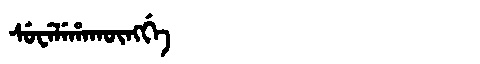
Manchu: ᠰᡠᠸᡝᠯᡝᡥᠠᡴᡡᠩᡤᡝ
Romanization: SUWELEHAKŪNGGE